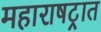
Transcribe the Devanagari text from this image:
महाराषट्रात